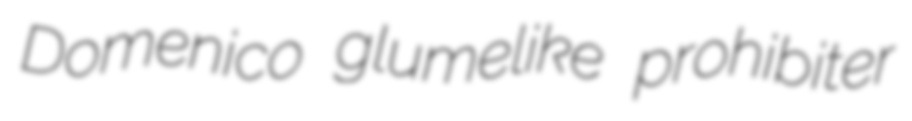
Domenico glumelike prohibiter